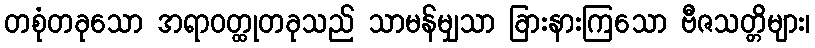
တစုံတခုသော အရာဝတ္ထုတခုသည် သာမန်မျှသာ ခြားနားကြသော ဗီဇသတ္တိများ၊